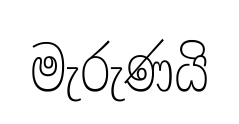
මැරුණයි